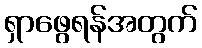
ရှာဖွေရန်အတွက်